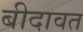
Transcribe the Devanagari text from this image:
बीदावत